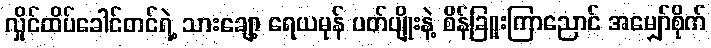
လှိုင်ထိပ်ခေါင်တင်ရဲ့ သားချော့ ရေယမုန် ပတ်ပျိုးနဲ့ စိန်ခြူးကြာညောင် အမျှော်စိုက်